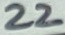
Text: 22